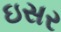
ઇસર